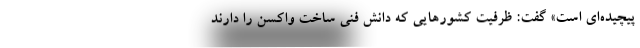
پیچیده‌ای است» گفت: ظرفیت کشورهایی که دانش فنی ساخت واکسن را دارند